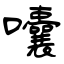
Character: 囔